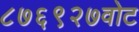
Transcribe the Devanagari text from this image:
८७६९२७वोट